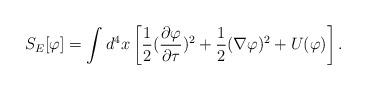
\begin{align*}S_E[\varphi] = \int d^4{x} \left[ {1 \over 2} ({\partial\varphi \over \partial\tau})^2 + {1 \over 2} ( \nabla\varphi)^2 + U(\varphi) \right] . \end{align*}